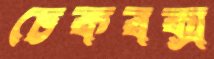
চেকবক্স